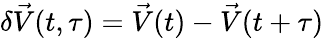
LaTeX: \delta\vec{V}(t,\tau)=\vec{V}(t)-\vec{V}(t+\tau)